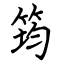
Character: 筠